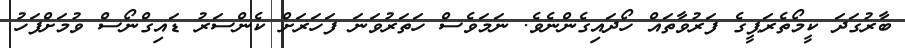
ބާރުގަދަ ކީމޯތެރަޕީގެ ފަރުވާތައް ހޯދައިގެންނެވެ. ނަމަވެސް ހަތަރުވަނަ ފަހަރަށް ކެންސަރު ޑައިގްނޯސް ވުމަށްފަހު